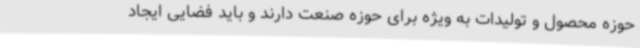
حوزه محصول و تولیدات به ویژه برای حوزه صنعت دارند و باید فضایی ایجاد